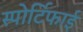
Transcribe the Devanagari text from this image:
स्पोर्टिफाई